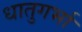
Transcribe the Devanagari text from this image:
धातुगर्भा